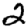
Digit: 2